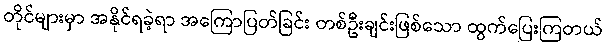
တိုင်များမှာ အနိုင်ရခဲ့ရာ အကြောပြတ်ခြင်း တစ်ဦးချင်းဖြစ်သော ထွက်ပြေးကြတယ်